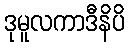
ဒုမူလကာဒီနိပိ